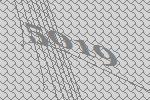
5019